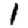
Digit: 1